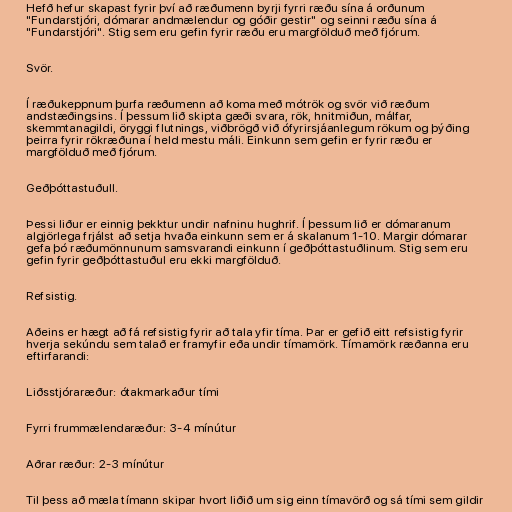
Hefð hefur skapast fyrir því að ræðumenn byrji fyrri ræðu sína á orðunum
"Fundarstjóri, dómarar andmælendur og góðir gestir" og seinni ræðu sína á
"Fundarstjóri". Stig sem eru gefin fyrir ræðu eru margfölduð með fjórum.

Svör.

Í ræðukeppnum þurfa ræðumenn að koma með mótrök og svör við ræðum
andstæðingsins. Í þessum lið skipta gæði svara, rök, hnitmiðun, málfar,
skemmtanagildi, öryggi flutnings, viðbrögð við ófyrirsjáanlegum rökum og þýðing
þeirra fyrir rökræðuna í held mestu máli. Einkunn sem gefin er fyrir ræðu er
margfölduð með fjórum.

Geðþóttastuðull.

Þessi liður er einnig þekktur undir nafninu hughrif. Í þessum lið er dómaranum
algjörlega frjálst að setja hvaða einkunn sem er á skalanum 1-10. Margir dómarar
gefa þó ræðumönnunum samsvarandi einkunn í geðþóttastuðlinum. Stig sem eru
gefin fyrir geðþóttastuðul eru ekki margfölduð.

Refsistig.

Aðeins er hægt að fá refsistig fyrir að tala yfir tíma. Þar er gefið eitt refsistig fyrir
hverja sekúndu sem talað er framyfir eða undir tímamörk. Tímamörk ræðanna eru
eftirfarandi:

Liðsstjóraræður: ótakmarkaður tími

Fyrri frummælendaræður: 3-4 mínútur

Aðrar ræður: 2-3 mínútur

Til þess að mæla tímann skipar hvort liðið um sig einn tímavörð og sá tími sem gildir